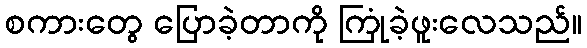
စကားတွေ ပြောခဲ့တာကို ကြုံခဲ့ဖူးလေသည်။